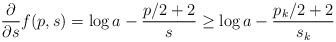
\begin{align*}\frac{\partial}{\partial s}f(p,s) = \log a - \frac{p/2+2}{s} \geq \log a - \frac{p_k/2+2}{s_k}\end{align*}